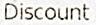
DISCOUNT